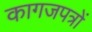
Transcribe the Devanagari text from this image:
कागजपत्रों